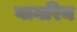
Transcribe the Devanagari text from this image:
गागरिन